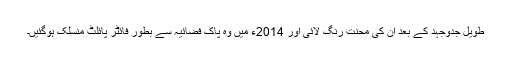
طویل جدوجہد کے بعد ان کی محنت رنگ لائی اور 2014ء میں وہ پاک فضائیہ سے بطور فائٹر پائلٹ منسلک ہوگئیں۔